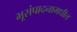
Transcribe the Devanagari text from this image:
भूसंपादनामधील